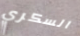
السكري